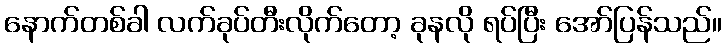
နောက်တစ်ခါ လက်ခုပ်တီးလိုက်တော့ ခုနလို ရပ်ပြီး အော်ပြန်သည်။